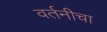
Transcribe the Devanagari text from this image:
वर्तनीचा